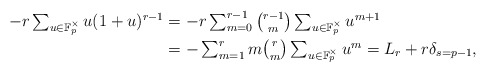
\begin{align*}\textstyle - r \sum_{u \in \mathbb F_p^\times} u (1 + u)^{r-1} & = \textstyle - r \sum_{m=0}^{r-1} {r-1 \choose m} \sum_{u \in \mathbb F_p^\times} u^{m+1} \\ & = \textstyle - \sum_{m=1}^{r} m{r \choose m} \sum_{u \in \mathbb F_p^\times} u^{m} = L_r + r \delta_{s=p-1},\end{align*}